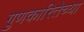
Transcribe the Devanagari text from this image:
गुणकारितेच्या